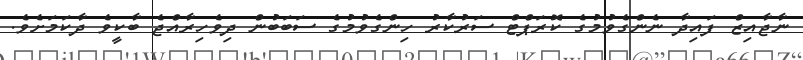
ނާޖާއިޒް ފައިދާ ނެންގެވުމުގެ ކޮރަޕްޓް ސަރުކާރު ހިންގެވުމުގެ ސަބަބުން ދިވެހިރާއްޖެ ބާކީވެ ދާކަމަށެވެ.